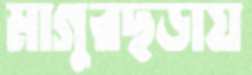
মাগুরছড়ায়